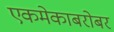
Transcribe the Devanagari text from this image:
एकमेकाबरोबर